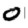
Digit: 0